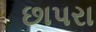
છાપરા